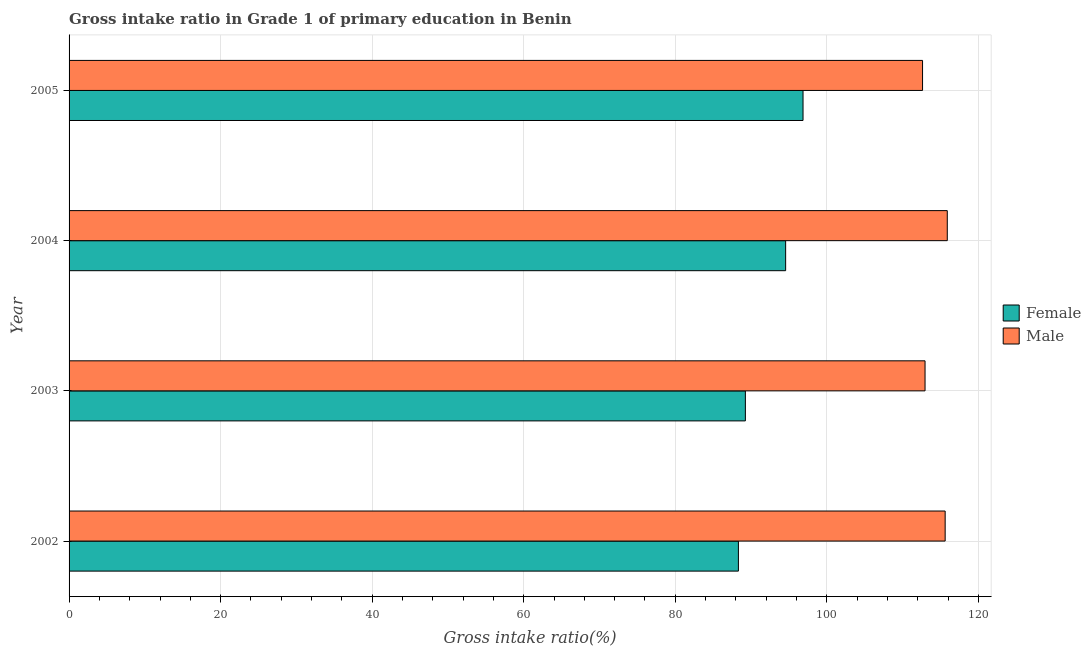
| Year | Female | Male |
 | --- | --- | --- |
 | 2002 | 88.3 | 116 |
 | 2003 | 89.2 | 113 |
 | 2004 | 94.6 | 116 |
 | 2005 | 96.9 | 113 |